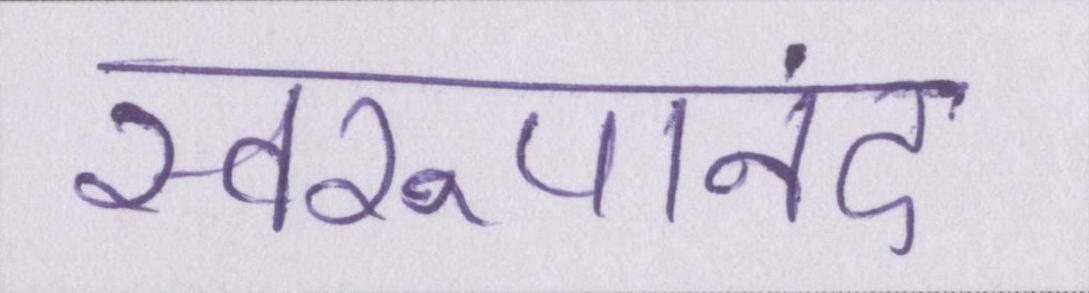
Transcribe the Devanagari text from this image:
स्वरूपानंद